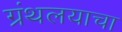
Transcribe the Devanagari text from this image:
ग्रंथलयाचा